Lunatic asylums Central Provinces reports 1886-1894 - 1886-1894
Year: 1886
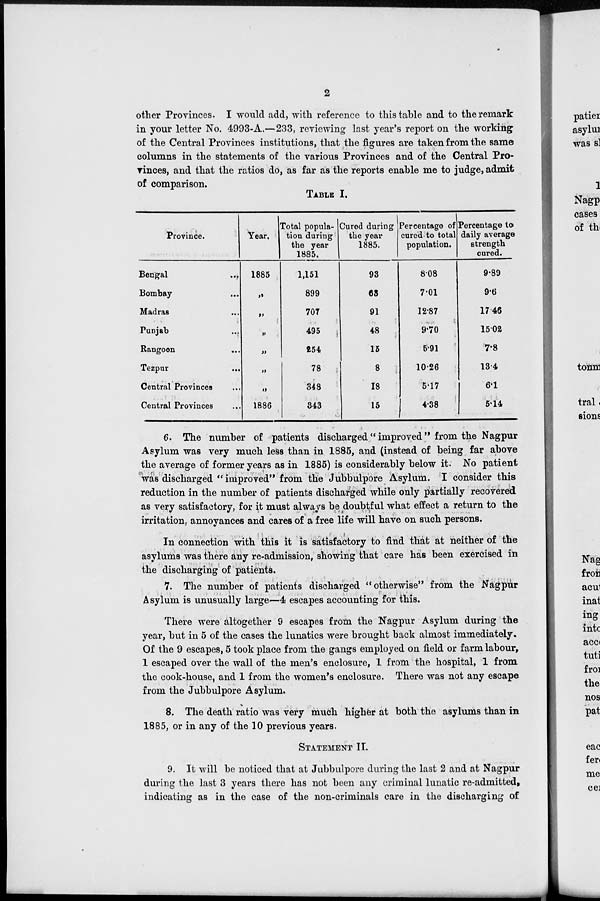
2
other Provinces. I would add, with reference to this table and to the remark
in your letter No. 4993-A,—233, reviewing last year's report on the working
of the Central Provinces institutions, that the figures are taken from the same
columns in the statements of the various Provinces and of the Central Pro-
vinces, and that the ratios do, as far as the reports enable me to judge, admit
of comparison.
TABLE I.
Province.
Bengal ...
Bombay ...
Madras ...
Punjab ...
Rangoon ...
Tezpur ...
Central Provinces ...
Central Provinces ...
Year.
1885
„
„
„
„
„
„
1886
Total popula-
tion during
the year
1885.
1,151
899
707
495
254
78
348
343
Cured during
the year
1885.
93
63
91
48
15
8
18
15
Percentage of
cured to total
population.
8.08
7.01
12.87
9.70
5.91
10.26
5.17
4.38
Percentage to
daily average
strength
cured.
9.89
9.6
17 46
15.02
7.8
13.4
6.1
5.14
6. The number of patients discharged" improved" from the Nagpur
Asylum was very much less than in 1885, and (instead of being far above
the average of former years as in 1885) is considerably below it. No patient
was discharged " improved" from the Jubbulpore Asylum. I consider this
reduction in the number of patients discharged while only partially recovered
as very satisfactory, for it must always be doubtful what effect a return to the
irritation, annoyances and cares of a free life will have on such persons.
In connection with this it is satisfactory to find that at neither of the
asylums was there any re-admission, showing that care has been exercised in
the discharging of patients.
7. The number of patients discharged "otherwise" from the Nagpur
Asylum is unusually large—4 escapes accounting for this.
There were altogether 9 escapes from the Nagpur Asylum during the
year, but in 5 of the cases the lunatics were brought back almost immediately.
Of the 9 escapes, 5 took place from the gangs employed on field or farm labour,
1 escaped over the wall of the men's enclosure, 1 from the hospital, 1 from
the cook-house, and 1 from the women's enclosure. There was not any escape
from the Jubbulpore Asylum.
8. The death ratio was very much higher at both the asylums than in
1885, or in any of the 10 previous years.
STATEMENT II.
9. It will be noticed that at Jubbulpore during the last 2 and at Nagpur
during the last 3 years there has not been any criminal lunatic re-admitted,
indicating as in the case of the non-criminals care in the discharging of